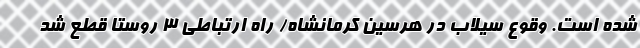
شده است. وقوع سیلاب در هرسین کرمانشاه/ راه ارتباطی 3 روستا قطع شد